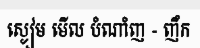
ស្ងៀម មើល បំណាំញ - ញឹក